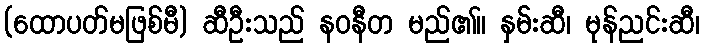
(ထောပတ်မဖြစ်မီ) ဆီဦးသည် နဝနီတ မည်၏။ နှမ်းဆီ၊ မုန်ညင်းဆီ၊